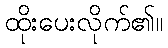
ထိုးပေးလိုက်၏။